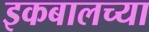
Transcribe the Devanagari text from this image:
इकबालच्या